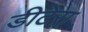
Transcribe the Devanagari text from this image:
डीटेरा